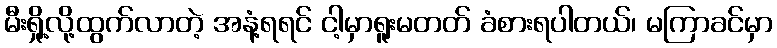
မီးရှို့လို့ထွက်လာတဲ့ အနံ့ရရင် ငါ့မှာရူးမတတ် ခံစားရပါတယ်၊ မကြာခင်မှာ